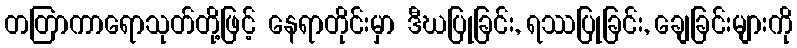
တတြာကာရောသုတ်တို့ဖြင့် နေရာတိုင်းမှာ ဒီဃပြုခြင်း, ရဿပြုခြင်း, ချေခြင်းများကို